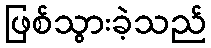
ဖြစ်သွားခဲ့သည်